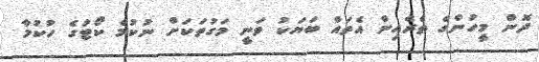
ދޮން މީހުންގެ ތެރެއިން އެތައް ބަޔަކު ވަނީ މަގުތަކަށް ނުކުމެ ކޯޓުގެ ހުކުމާ